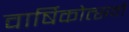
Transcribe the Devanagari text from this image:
वार्षिकोत्सवों